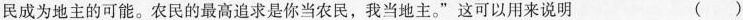
民成为地主的可能。农民的最高追求是你当农民，我当地主。”这可以用来说明 （）